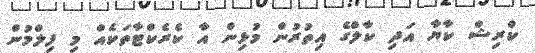
ކްރިޝް ކާޔާ އަދި ކާލްގެ އިތުރުން މުޅިން އާ ކެރެކްޓާތަކެއް މި ފިލްމުން